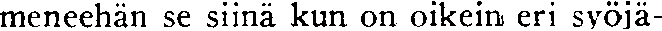
meneehän se siinä kun on oikein eri syöjä-